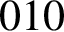
0 1 0